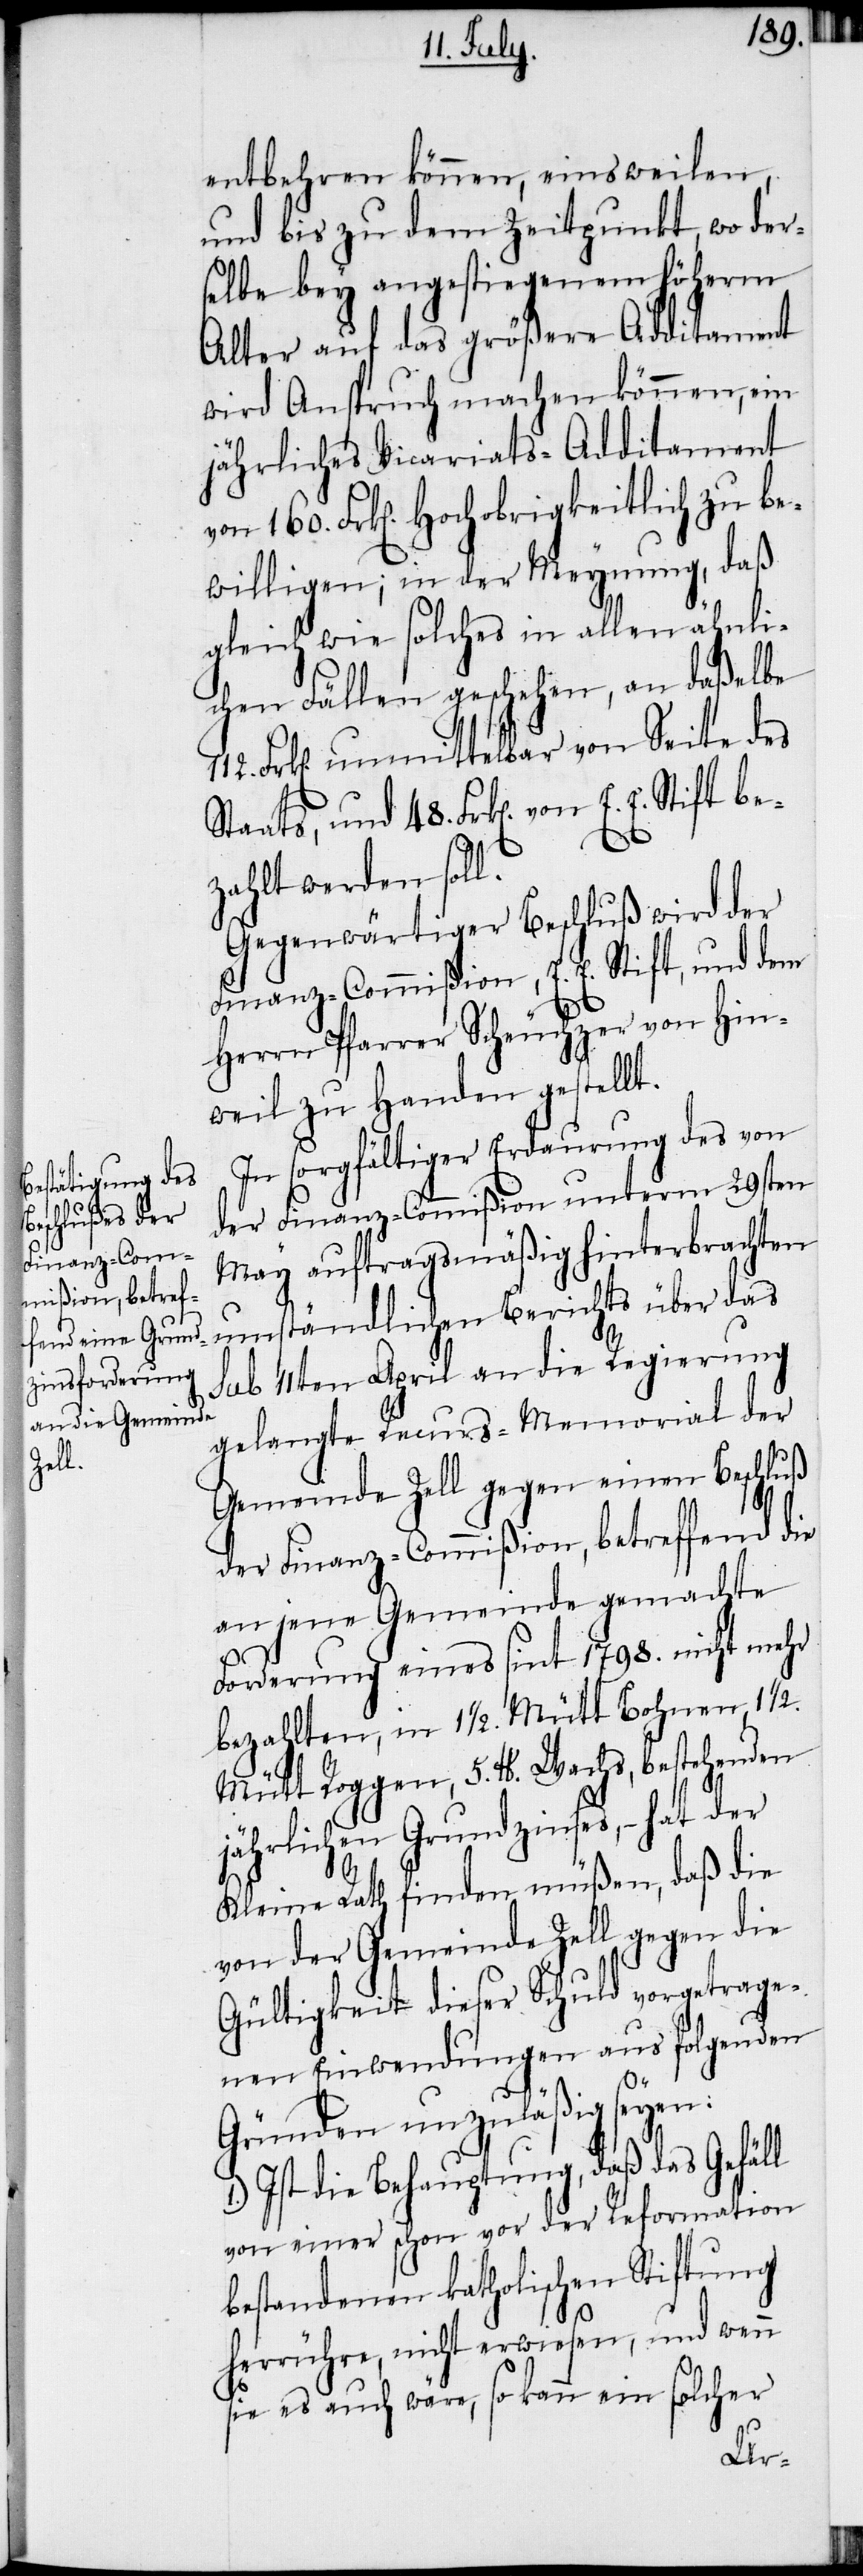
entbehren können, einsweilen,
und bis zu dem Zeitpunkt, wo der¬
selbe bey angestiegenem höherm
Alter auf das größere Additament
wird Anspruch machen können, ein
jährliches Vicariats-Additament
Frk[en]. Hochobrigkeitlich zu be¬
willigen; in der Meynung, daß
ft
gleich wie solches in allen ähnli¬
chen Fällen geschehen, an daßelbe
112. Frk[en]. unmittelbar von Seite des
Staats, und 48. Frk[en]. von E. E. Sti¬
zahlt werden soll.
Gegenwärtiger Beschluß wird der
Finanz-Commißion, E. E. Stift, und dem
Herrn Pfarrer Scheuchzer von Hin¬
weil zu Handen gestellt.
In sorgfältiger Erdaurung des von
der Finanz-Commißion unterm 29sten
May auftragsmäßig hinterbrachten
umständlichen Berichts über das
sub 11ten April an die Regierung
gelangte Recurs-Memorial der
Gemeinde Zell gegen einen Beschluß
der Finanz-Commißion, betreffend die
an jene Gemeinde gemachte
Forderung eines sint 1798. nicht mehr
bezahlten, in 1 ½. Mütt Bohnen, 1 ½.
Mütt Roggen, 5 lbr. Wachs, bestehenden
jährlichen Grundzinses, − hat der
Kleine Rath finden müßen, daß die
von der Gemeinde Zell gegen die
Gültigkeit dieser Schuld vorgetrage¬
nen Einwendungen aus folgenden
Gründen unzuläßig seyen:
Ist die Behauptung, daß das Gefäll
von einer schon vor der Reformation
bestandenen katholischen Stiftung
herrühre, nicht erwiesen, und wenn
sie es auch wäre, so kann ein solcher
be¬